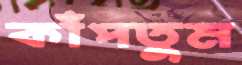
কাঁপতুম